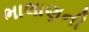
ભાલાણની